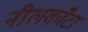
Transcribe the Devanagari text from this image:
नीलकाँटा